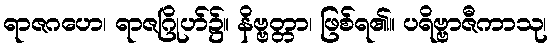
ရာဇဂဟေ၊ ရာဇဂြိုဟ်၌။ နိဗ္ဗတ္တာ၊ ဖြစ်ရ၏။ ပရိဗ္ဗာဇီကာသု၊